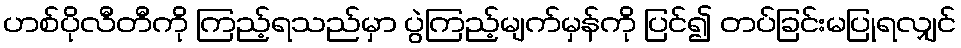
ဟစ်ပိုလီတီကို ကြည့်ရသည်မှာ ပွဲကြည့်မျက်မှန်ကို ပြင်၍ တပ်ခြင်းမပြုရလျှင်